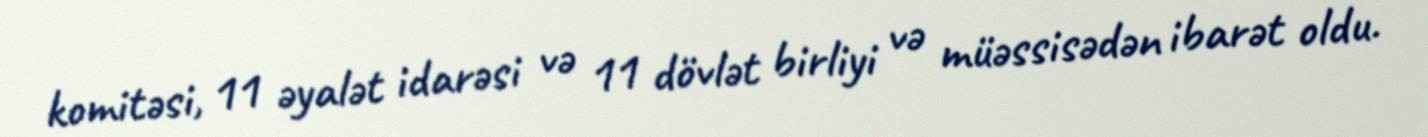
komitəsi, 11 əyalət idarəsi və 11 dövlət birliyi və müəssisədən ibarət oldu.